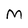
Character: M